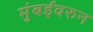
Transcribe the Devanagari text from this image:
मुंबईवरुन